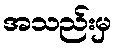
အသည်းမှ